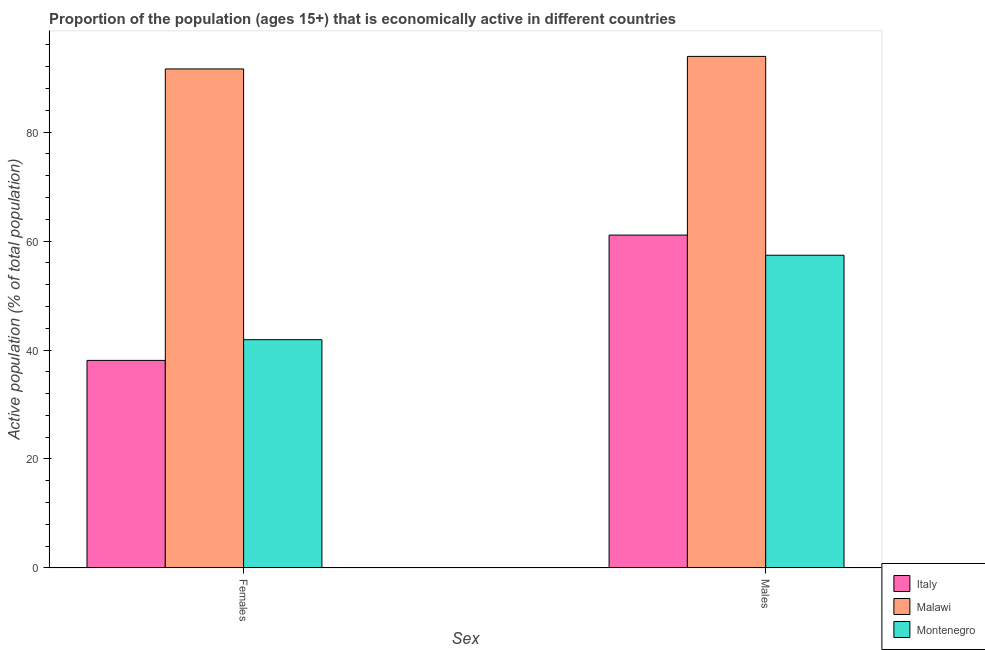
| Sex | Italy | Malawi | Montenegro |
 | --- | --- | --- | --- |
 | Females | 38.1 | 91.6 | 41.9 |
 | Males | 61.1 | 93.9 | 57.4 |